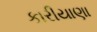
કારીયાણા